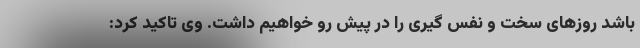
باشد روزهای سخت و نفس گیری را در پیش رو خواهیم داشت. وی تاکید کرد: